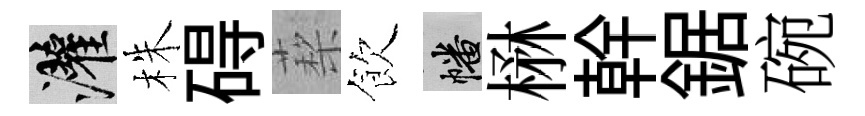
灌株碍蔾飲幡楙幹鋸碗